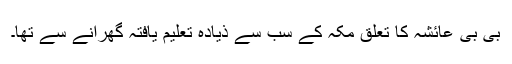
بی بی عائشہ کا تعلق مکہّ کے سب سے ذیادہ تعلیم یافتہ گھرانے سے تھا۔